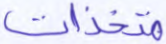
متخذات